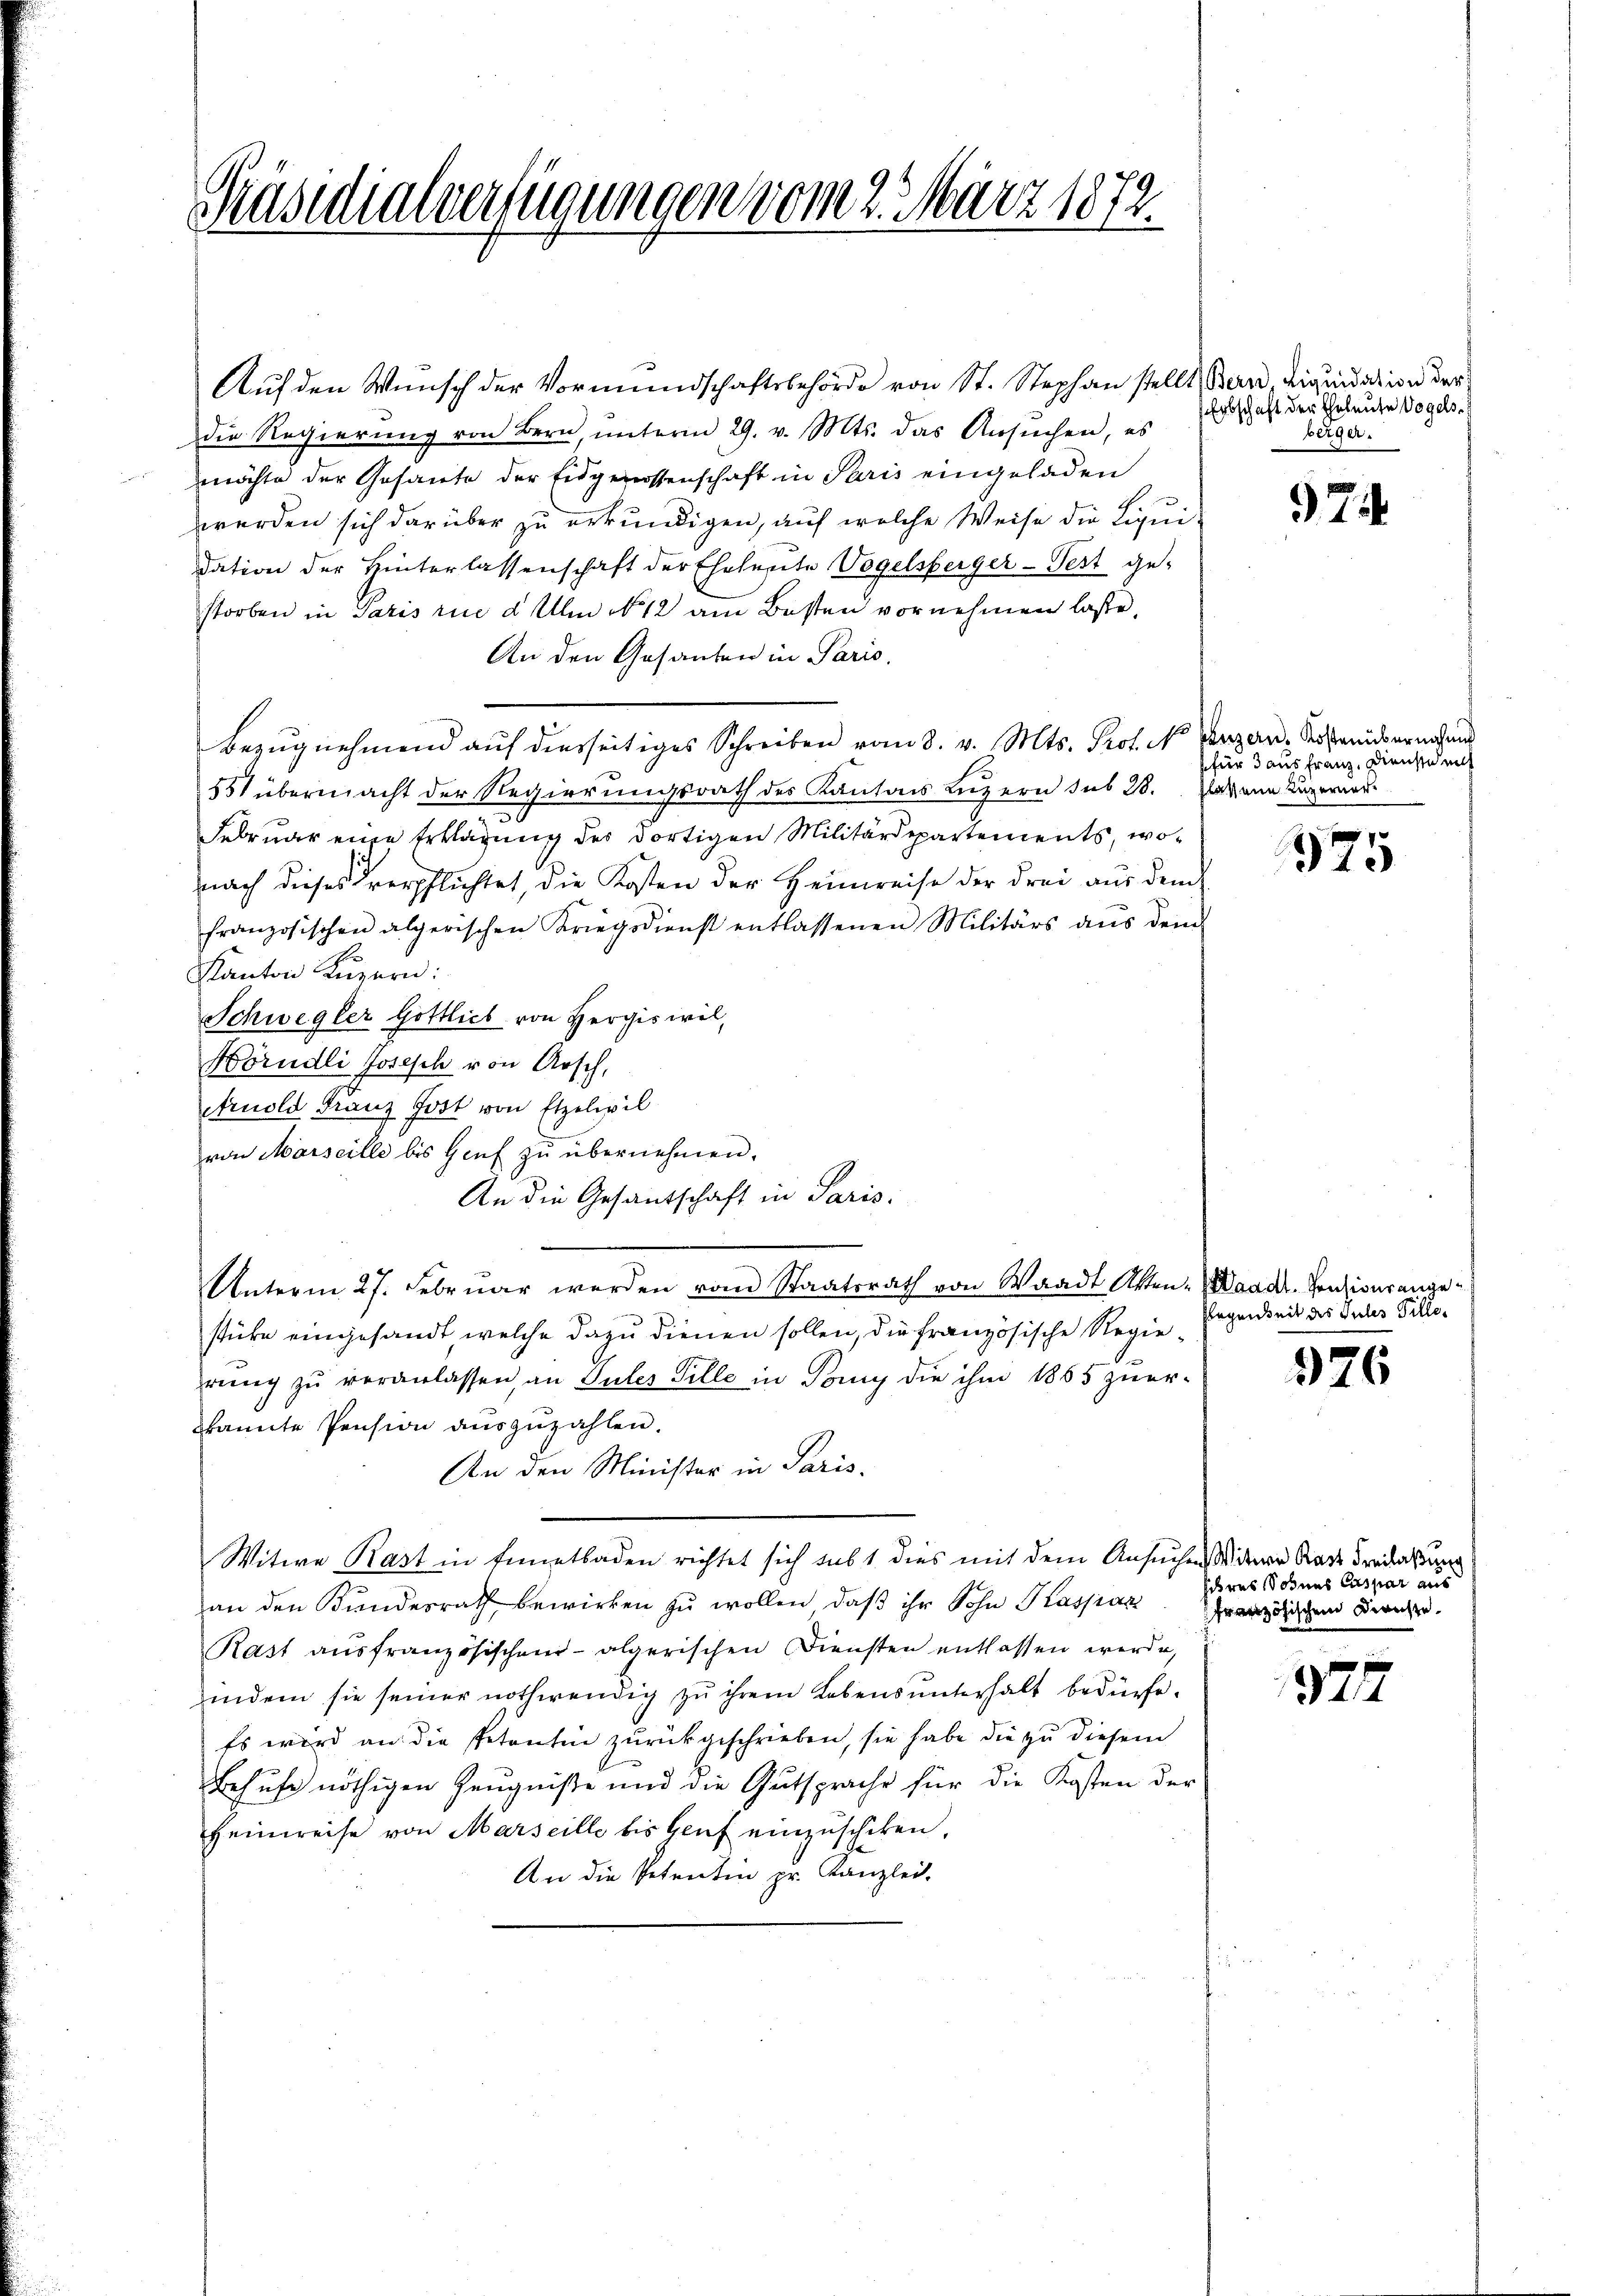
Präsidialverfügungen vom 2. März 1872.

Auf den Wunsch der Vormundschaftsbehörde von St. Stephan stellt Band, Liquidation der
die Regierung von Bern, unterm 29. v. Mts. das Ansuchen, es
möchte der Gesante der Eidgenossenschaft in Paris eingeladen
werden sich darüber zu erkundigen, auf welche Weise die Liquidation der Hinterlassenschaft der Eheleute Vogelsberger-Fest ge-
storben in Paris rice d Ulm No 12 am Besten vornehmen laße,
An den Gesanten in Paris.
Bezŭgnehmend auf diesseitiges Schreiben vom 8. v. Mts. Prof. N
5 übermacht der Regierungsrath des Kantons Luzern sub 28. Das ein Luzerner
Februar eine Erklärung des dortigen Militärdepartements, wonach dieses Verpflichtet, die Kosten der Heimreise der drei aus dem
französischen algerischen Kriegsdienst entlassenen Militärs aŭs dem
Kanton Luzern:
Schwegler Gottlich von Hergiswil,
Hörndli Josesch von Aesch,
Arnold Franz Jost von Etzelwil
von Marseille bis Hanf zŭ übernehmen.
An die Gesandschaft in Paris.
Unterm 27. Febrŭar werden vom Staatsrath von Waadt Akten- Waadt. Henzionsange-
stücke eingesandt welche dazu dienen sollen, die französische Regierung zŭ veranlassen, an Gutes Pille in Tany die ihm 1855 zuer-
kannte Pension auszuzahlen.
An den Minister in Paris.
Witwe Rast in Ennetbaden richtet sich sub 1 dies mit dem Ansuchendere Rede Freilastung
an den Bundesrath bewirken zu wollen, daß ihr Sohn Kaspar französischen Berecher.
Rast aŭsfranzösischen- algerischen Diensten entlassen werde,
indem sie seiner nothwendig zu ihrem Lebensunterhalt bedürfe.
Es wird an die Petentin zurückgeschrieben, sie habe die zu diesem
Behufe nöthigen Zeugniße und die Gutsprache für die Kosten der
Heinweise von Marseille bis Genf einzuschiken,
An die Petentin pr. Kanzlei-

Erbschaft der Eheleute Vogels
berger.

2

parzern, Kostenübernahme
für 3 aus Franz, Dienst nich

375

sorgenheit des Gutes Tille¬

326

sres Sohnes Caspar aus

377